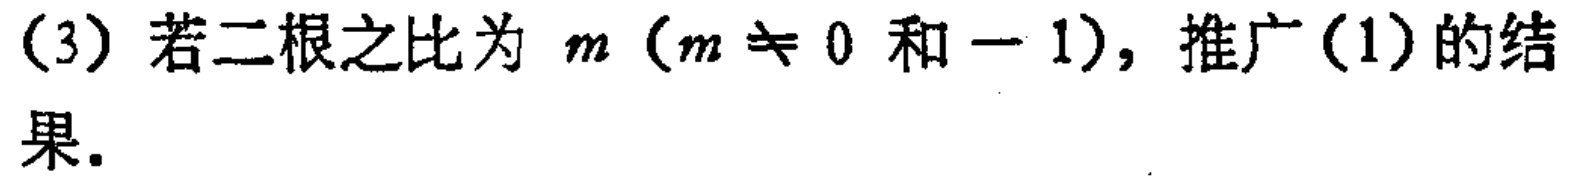
(3) 若二根之比为 \(m\)（\(m\neq 0\) 和 \(-1\)），推广(1)的结果。